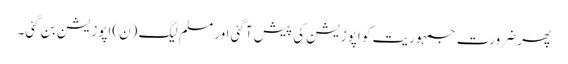
پھر ضرورت جمہوریت کو اپوزیشن کی پیش آگئی اور مسلم لیگ (ن)اپوزیشن بن گئی۔